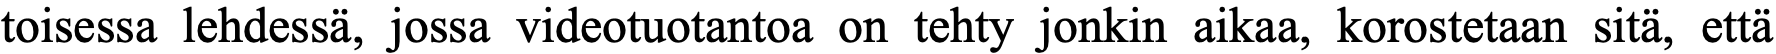
toisessa lehdessä, jossa videotuotantoa on tehty jonkin aikaa, korostetaan sitä, että